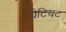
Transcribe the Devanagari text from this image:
ग्रेटियट